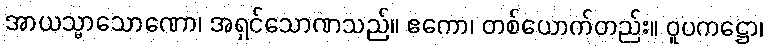
အာယသ္မာသောဏော၊ အရှင်သောဏသည်။ ဧကော၊ တစ်ယောက်တည်း။ ဝူပကဋ္ဌော၊